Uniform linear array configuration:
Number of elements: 4
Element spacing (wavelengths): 0.5
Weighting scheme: uniform
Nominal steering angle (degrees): -45
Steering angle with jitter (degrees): -44.618
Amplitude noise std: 0.05
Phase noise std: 0.05

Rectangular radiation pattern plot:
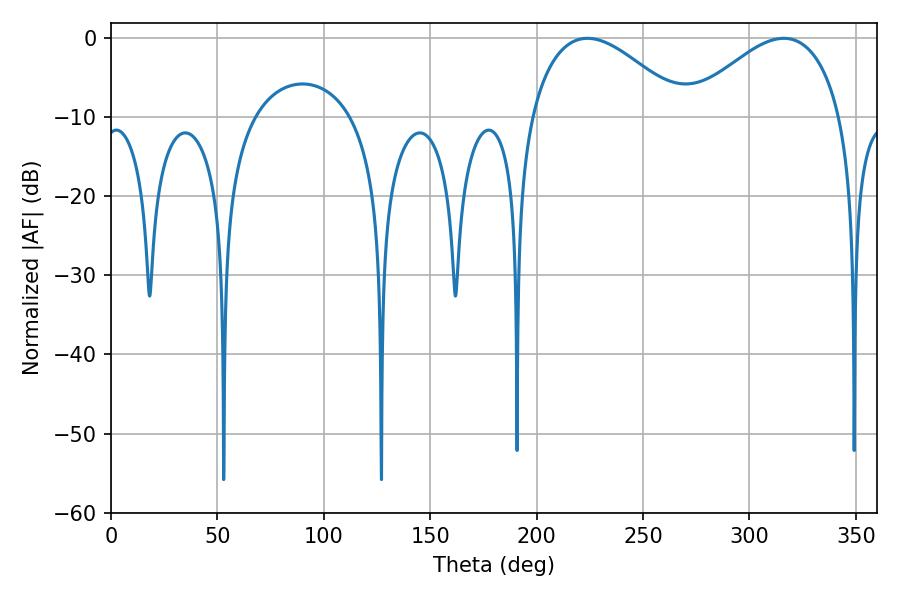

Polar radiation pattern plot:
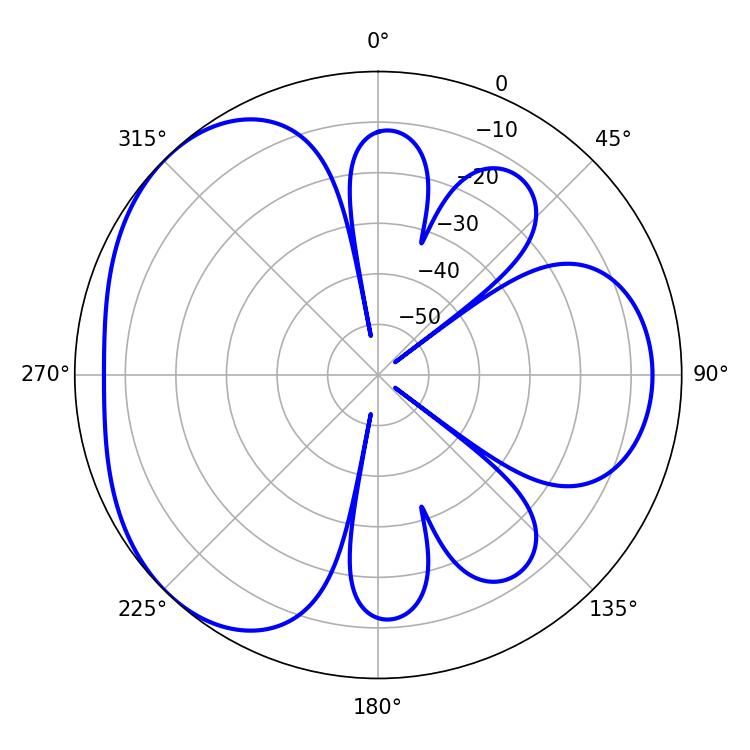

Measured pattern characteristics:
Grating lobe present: FALSE
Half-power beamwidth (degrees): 39.6
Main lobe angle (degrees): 223.92